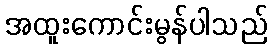
အထူးကောင်းမွန်ပါသည်